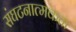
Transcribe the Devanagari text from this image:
संघटनात्मकता